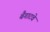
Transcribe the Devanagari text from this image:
बैगाटवे